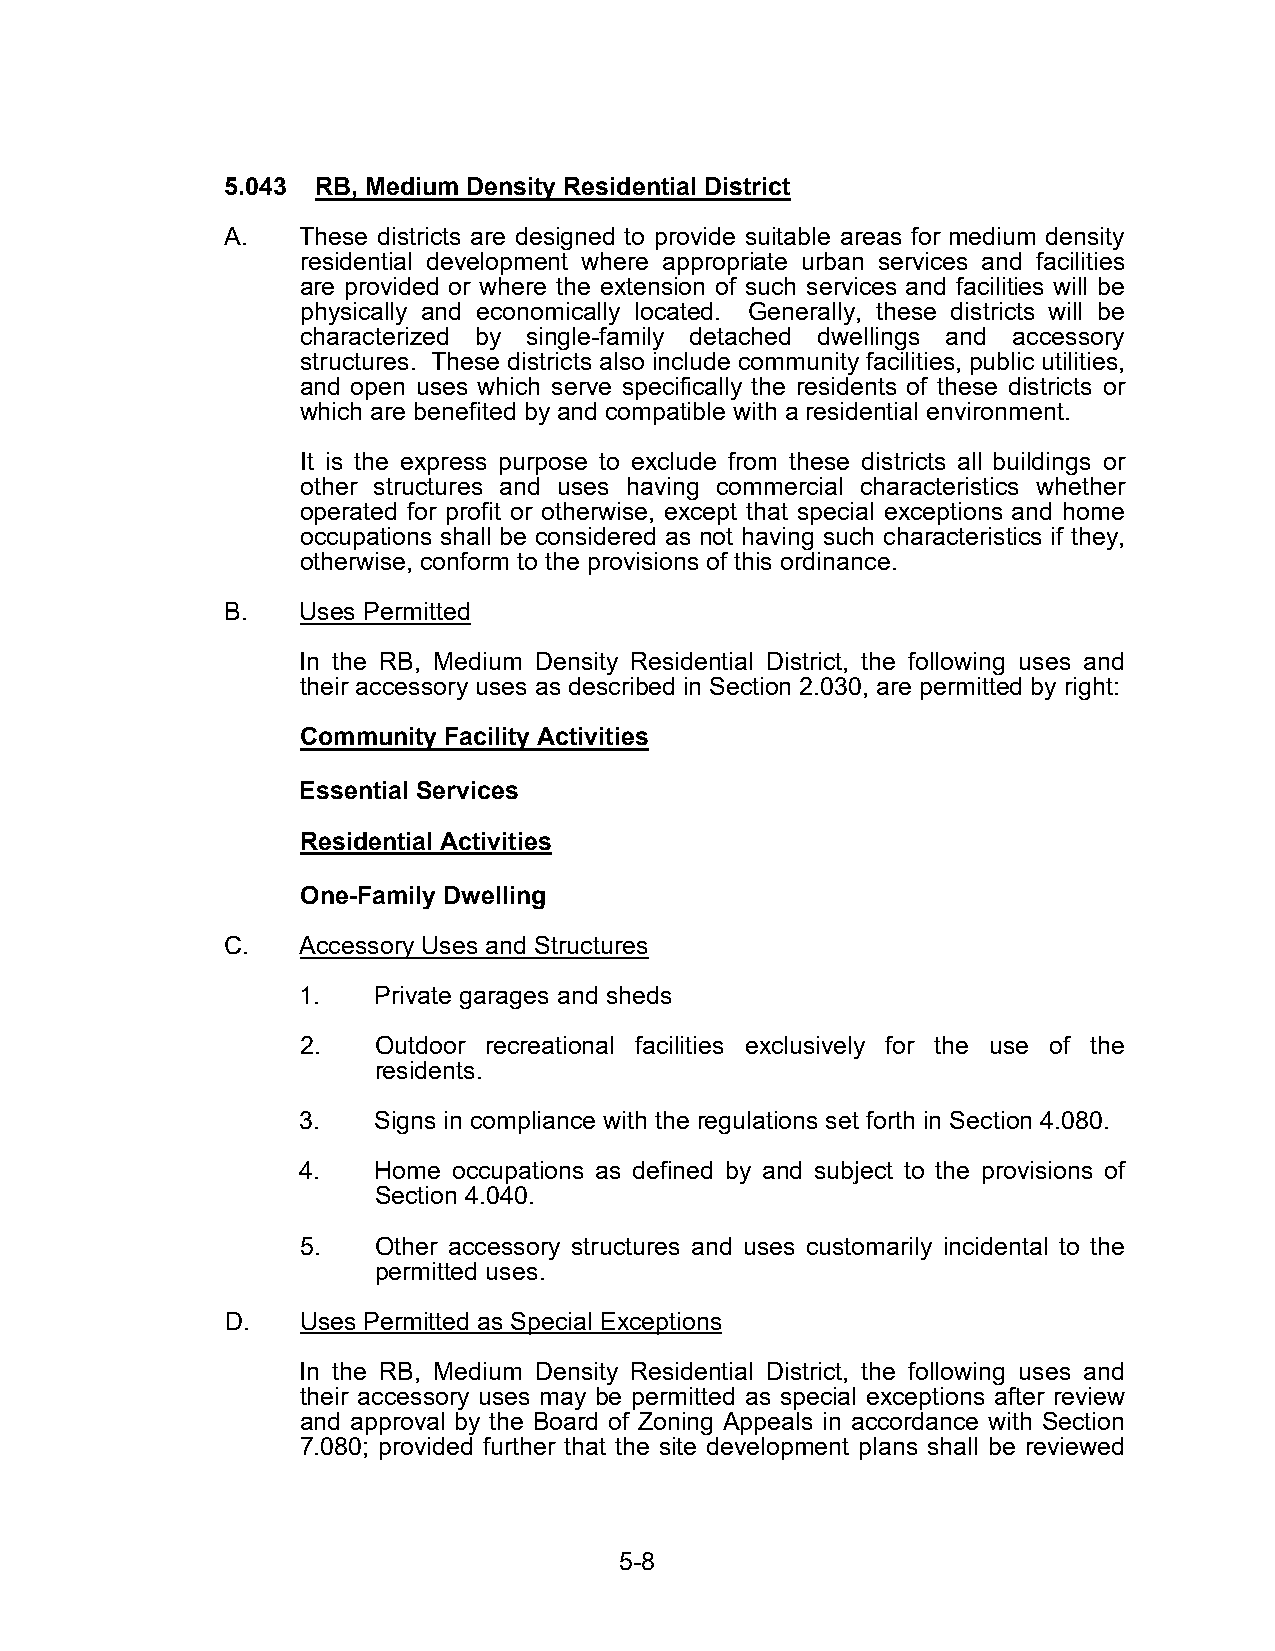
5.043 RB, Medium Density Residential District
 A.   These districts are designed to provide suitable areas for medium density
 residential development where appropriate urban services and facilities
 are provided or where the extension of such services and facilities will be
 physically and economically located. Generally, these districts will be
 characterized by single-family detached dwellings and accessory
 structures. These districts also include community facilities, public utilities,
 and open uses which serve specifically the residents of these districts or
 which are benefited by and compatible with a residential environment.
 It is the express purpose to exclude from these districts all buildings or
 other structures and uses having commercial characteristics whether
 operated for profit or otherwise, except that special exceptions and home
 occupations shall be considered as not having such characteristics if they,
 otherwise, conform to the provisions of this ordinance.
 B.   Uses Permitted
 In the RB, Medium Density Residential District, the following uses and
 their accessory uses as described in Section 2.030, are permitted by right:
 Community Facility Activities
 Essential Services
 Residential Activities
 One-Family Dwelling
 C.   Accessory Uses and Structures
 1.   Private garages and sheds
 2.   Outdoor recreational facilities exclusively for the use of the
 residents.
 3.   Signs in compliance with the regulations set forth in Section 4.080.
 4.   Home occupations as defined by and subject to the provisions of
 Section 4.040.
 5.   Other accessory structures and uses customarily incidental to the
 permitted uses.
 D.   Uses Permitted as Special Exceptions
 In the RB, Medium Density Residential District, the following uses and
 their accessory uses may be permitted as special exceptions after review
 and approval by the Board of Zoning Appeals in accordance with Section
 7.080; provided further that the site development plans shall be reviewed
 5-8